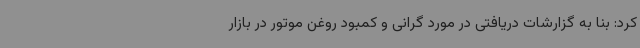
کرد: بنا به گزارشات دریافتی در مورد گرانی و کمبود روغن موتور در بازار